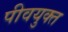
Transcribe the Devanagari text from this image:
पीवयुक्त